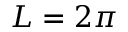
L = 2 \pi